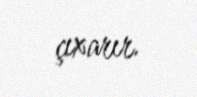
çıxarır.